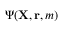
\Psi ( { \mathbf { X } } , { \mathbf { r } } , m )